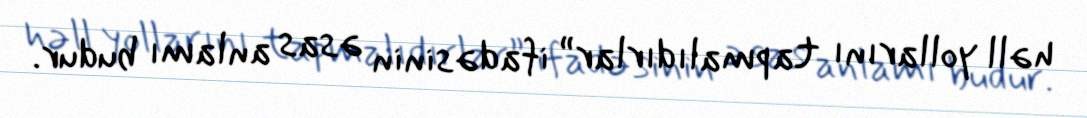
həll yollarını tapmalıdırlar” ifadəsinin əsas anlamı budur.